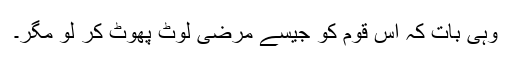
وہی بات کہ اس قوم کو جیسے مرضی لوٹ پھوٹ کر لو مگر۔